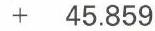
+   45.859